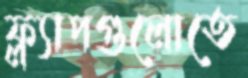
ফ্ল্যাপগুলোতে